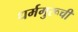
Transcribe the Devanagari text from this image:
धर्मगुरूची